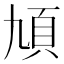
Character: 頄